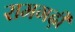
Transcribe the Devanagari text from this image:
रामगढ़ी